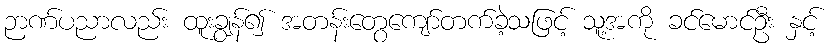
ဉာဏ်ပညာလည်း ထူးချွန်၍ အတန်းတွေကျော်တက်ခဲ့သဖြင့် သူ့အကို ခင်မောင်ဦး နှင့်